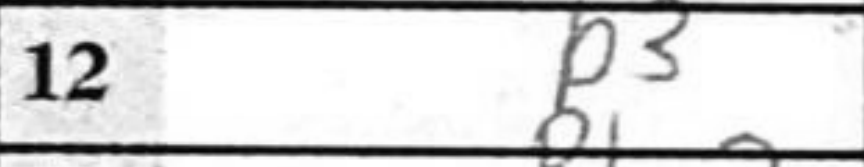
Transcription: b3